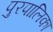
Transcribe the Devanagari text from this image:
पुरपालिका